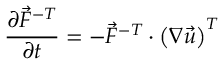
\frac { \partial \vec { F } ^ { - T } } { \partial t } = - \vec { F } ^ { - T } \cdot \left( \boldsymbol { \nabla } \vec { u } \right) ^ { T }